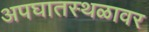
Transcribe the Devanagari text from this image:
अपघातस्थळावर